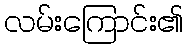
လမ်းကြောင်း၏